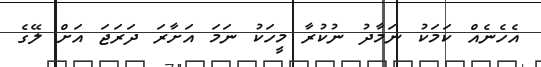
އެހެނެއް ކަމަކު ނަމާދު ނުކުރާ މީހަކު ނަމަ އަށާރަ ދަރަޖަ އަށް ލޭގެ